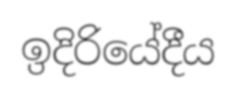
ඉදිරියේදීය